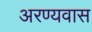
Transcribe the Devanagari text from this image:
अरण्यवास